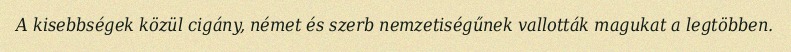
A kisebbségek közül cigány, német és szerb nemzetiségűnek vallották magukat a legtöbben.